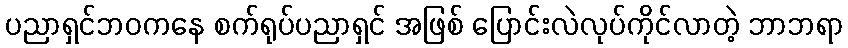
ပညာရှင်ဘဝကနေ စက်ရုပ်ပညာရှင် အဖြစ် ပြောင်းလဲလုပ်ကိုင်လာတဲ့ ဘာဘရာ